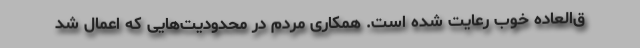
ق‌العاده خوب رعایت شده است. همکاری مردم در محدودیت‌هایی که اعمال شد